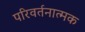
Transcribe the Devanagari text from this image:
परिवर्तनात्मक